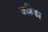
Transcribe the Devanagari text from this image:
कशिका